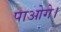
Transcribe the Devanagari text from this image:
पाओगे।